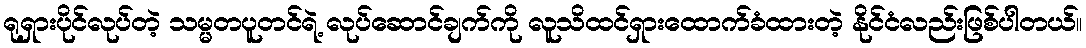
ရုရှားပိုင်လုပ်တဲ့ သမ္မတပူတင်ရဲ့ လုပ်ဆောင်ချက်ကို လူသိထင်ရှားထောက်ခံထားတဲ့ နိုင်ငံလည်းဖြစ်ပါတယ်။